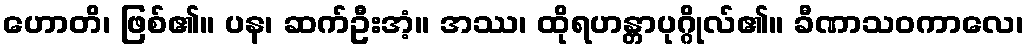
ဟောတိ၊ ဖြစ်၏။ ပန၊ ဆက်ဦးအံ့။ အဿ၊ ထိုရဟန္တာပုဂ္ဂိုလ်၏။ ခီဏာသဝကာလေ၊